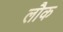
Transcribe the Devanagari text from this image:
लौक